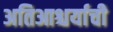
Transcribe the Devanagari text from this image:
अतिआश्चर्याची